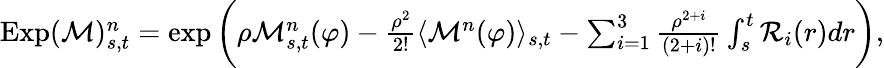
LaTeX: \begin{array}{r}{\mathrm{Exp}(\mathcal{M})_{s,t}^{n}=\exp\bigg(\rho\mathcal{M}_{s,t}^{n}(\varphi)-\frac{\rho^{2}}{2!}\langle\mathcal{M}^{n}(\varphi)\rangle_{s,t}-\sum_{i=1}^{3}\frac{\rho^{2+i}}{(2+i)!}\int_{s}^{t}\mathcal{R}_{i}(r)dr\bigg),}\end{array}